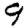
Digit: 9